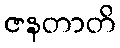
ဇနတာတိ